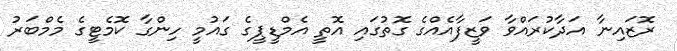
ރޮޒައިނާ އަދާކުރައްވާ ވަޒީފާއެއްގެ ގޮތުގައި އޮތީ އެމްޑީޕީގެ ގައުމީ ހިންގާ ކޮމެޓީގެ މެމްބަރު